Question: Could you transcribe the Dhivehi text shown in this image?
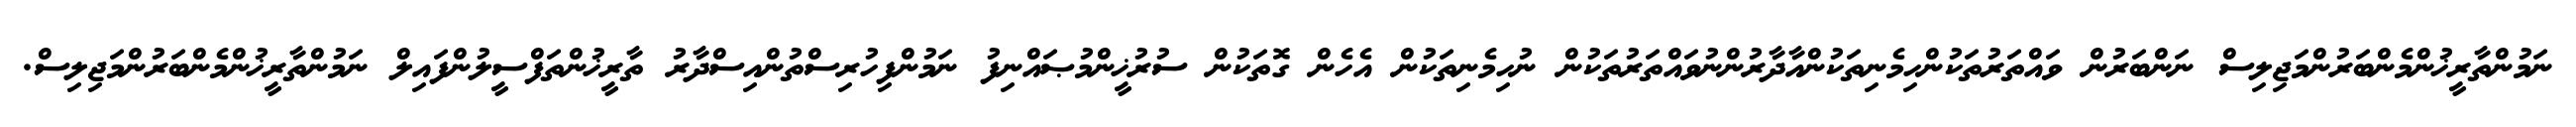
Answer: ނަމުންތާރީޚުންމެންބަރުންމަޖިލިސް ނަންބަރުން ވައްތަރުތަކުންހިމެނިތަކުންއާދާރުންނުވައްތަރުތަކުން ނުހިމެނިތަކުން އެހެން ގޮތަކުން ސުރުޚީންމުޞައްނިފު ނަމުންފިހުރިސްތުންއިސްދާރު ތާރީޚުންތަފްސީލުންފައިލް ނަމުންތާރީޚުންމެންބަރުންމަޖިލިސް.